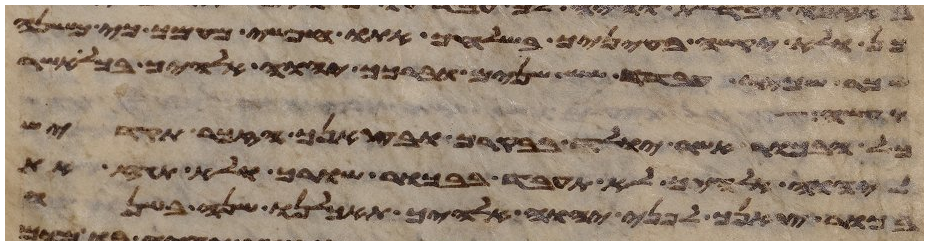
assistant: כן ולא יקשה בעיניך בשלחך אתו חפשי מעמך כי משנה
שכר שכיר עבדך שש שנים וברכך יהוה אלהיך בכל אשר
וקדש
כל הבכור אשר יולד בבקרך ובצאנך הזכר תקדיש
ליהוה אלהיך לא תעבד בבכור שורך ולא תגז את
בכור צאנך לפני יהוה אלהיך תאכלנו שנה בשנה